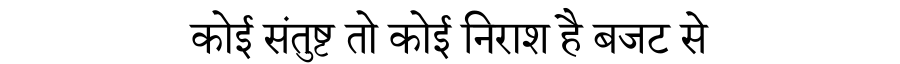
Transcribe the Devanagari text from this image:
कोई संतुष्ट तो कोई निराश है बजट से